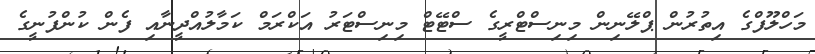
މަހްލޫފްގެ އިތުރުން ޕްލޭނިން މިނިސްޓްރީގެ ސްޓޭޓް މިނިސްޓަރު އަކްރަމް ކަމާލުއްދީނާއި ފެން ކުންފުނީގެ